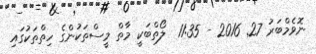
ނޮވެމްބަރު 27